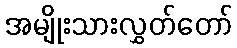
အမျိုးသားလွှတ်တော်